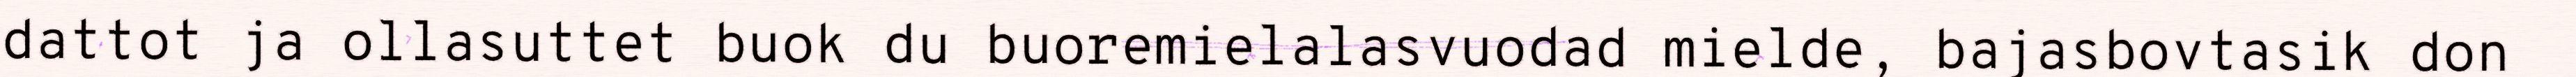
dattot ja ollasuttet buok du buoremielalasvuodad mielde, bajasbovtasik don